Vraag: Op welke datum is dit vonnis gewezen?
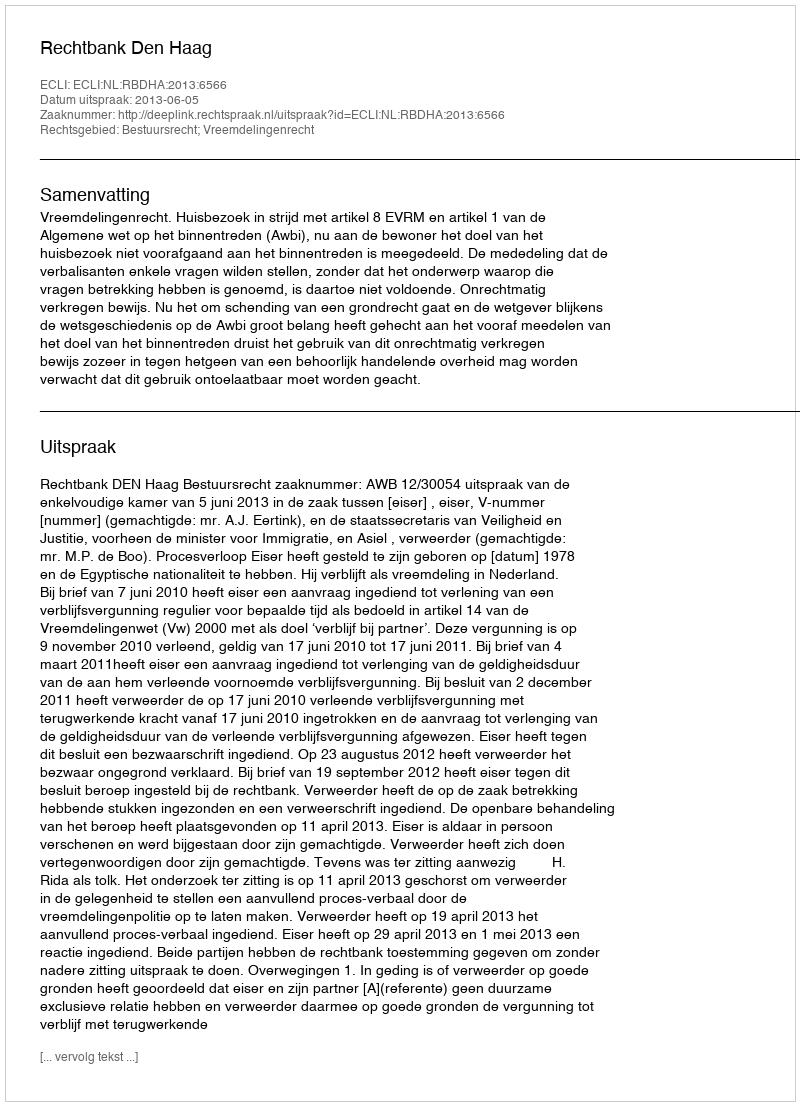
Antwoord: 2013-06-05